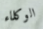
الوكلاء